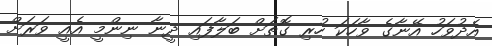
އެދުވަހު އޭނާގެ ވާހަކަ ހުރި ގޮތަށް ބަލާފައި ދީނާ ނިންމީ އެއީ ވަރަށް